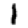
Digit: 1